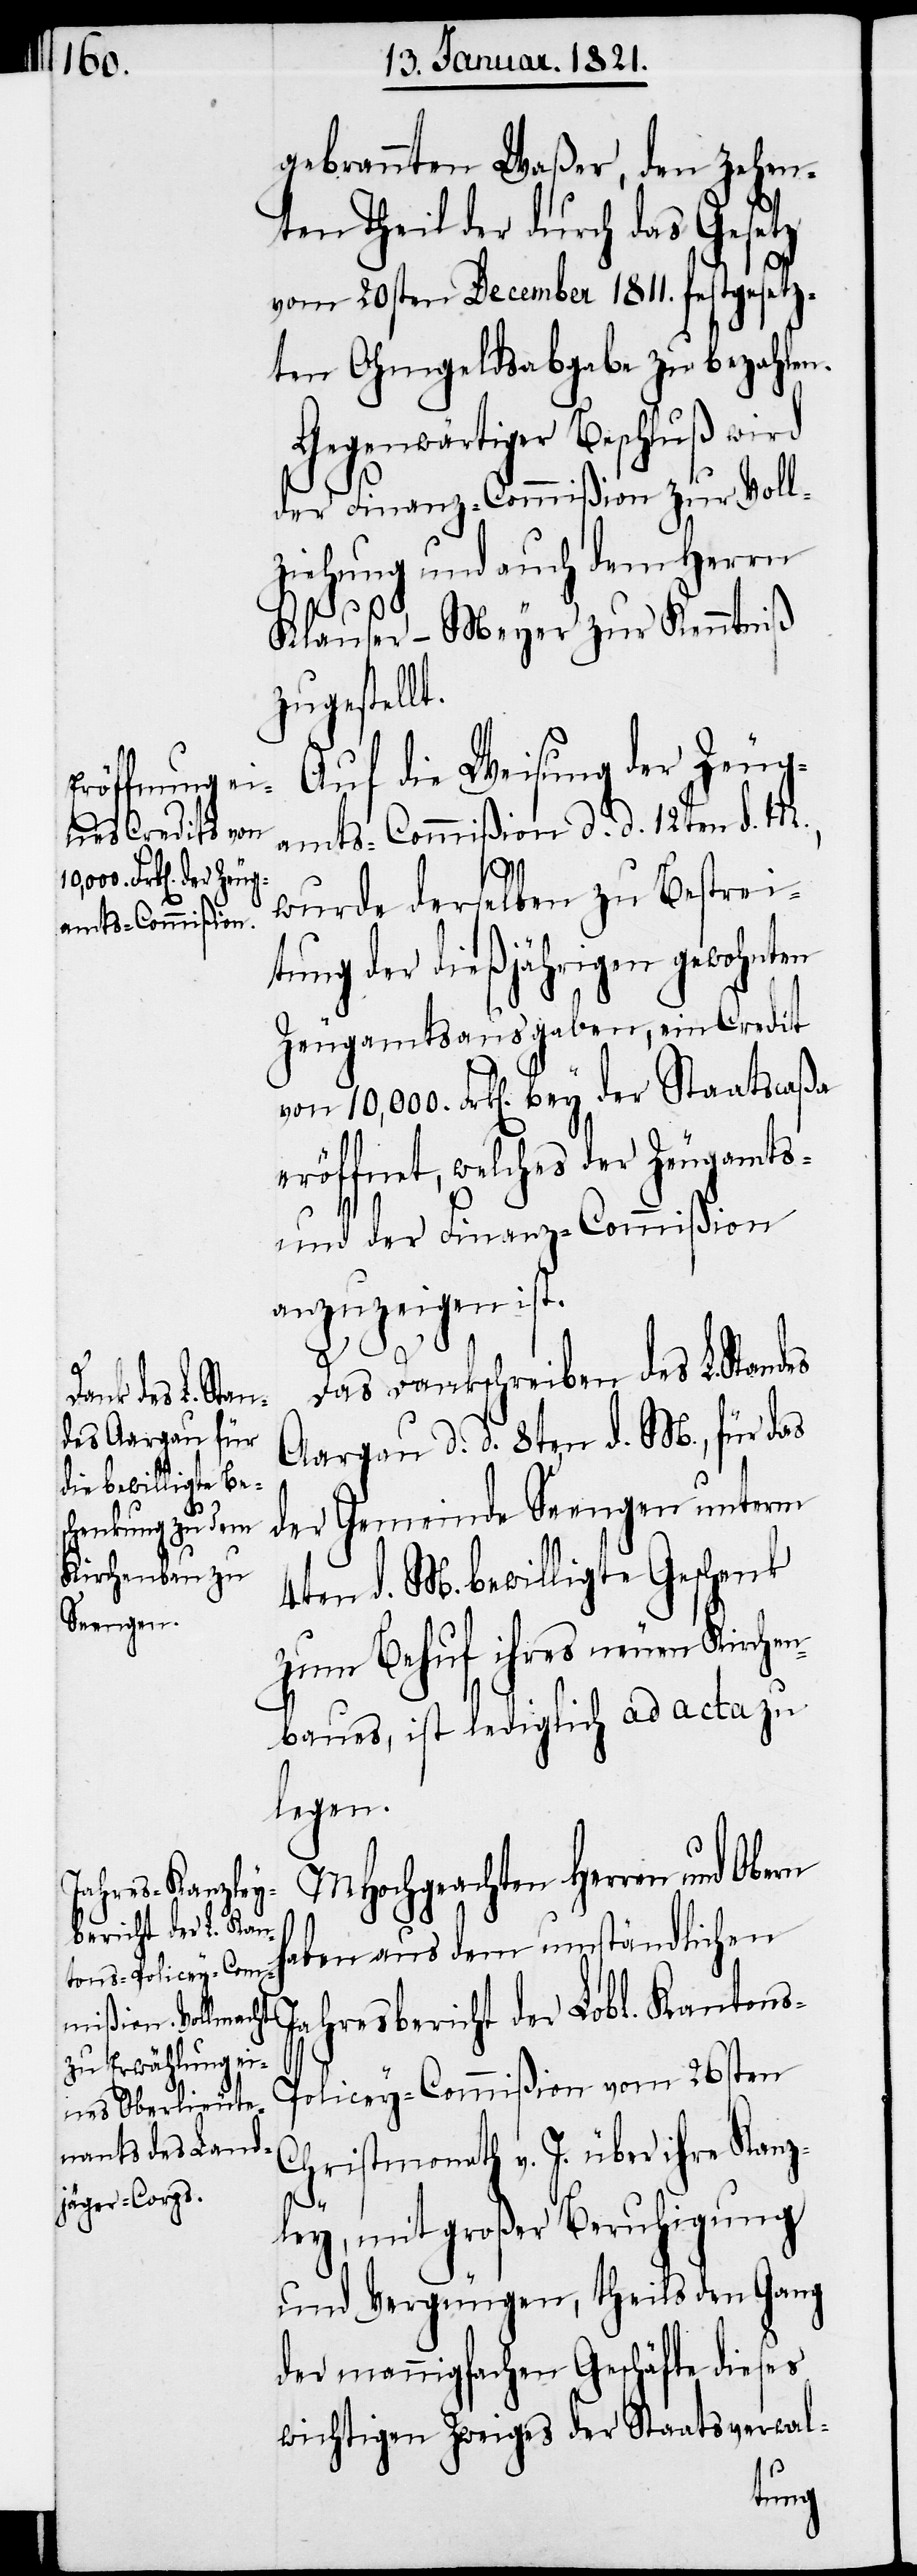
10,000.

gebrannten Waßer, den zehn¬
ten Theil der durch das Gesetz
vom 20sten December 1811. festgesetz¬
ten Ohmgeldsabgabe zu bezahlen.
Gegenwärtiger Beschluß wird
der Finanz-Commißion zur Voll¬
ziehung und auch dem Herrn
Klauser-Meyer zur Kenntniß
zugestellt.
Auf die Weisung der Zeug¬
amts-Commißion d. d. 12ten d. M.,
wurde derselben zu Bestrei¬
tung der dießjährigen gewohnten
Zeugamtsausgaben, ein Credit
eröffnet, welches der Zeugamts-
und der Finanz-Commißion
anzuzeigen ist.
Das Dankschreiben des L. Standes
Aargau d. d. 8ten d. M., für das
der Gemeinde Seengen unterm
4ten d. M. bewilligte Geschenk
zum Behuf ihres neuen Kirchen¬
baues, ist lediglich ad acta zu
legen.
MHochgeachten Herren und
haben aus dem umständlichen
tons-Policey-Commi¬
Jahresbericht der Lobl. Kan¬
Christmonath v. J. über ihre Kanz¬
ßion
ley, mit großer Beruhigung
und Vergnügen, theils den Gang
der mannigfachen Geschäfte dieses
wichtigen Zweiges der Staatsverwal-